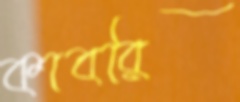
কাবরি